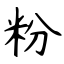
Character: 粉